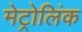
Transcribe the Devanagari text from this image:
मेट्रोलिंक